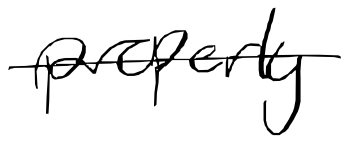
Text: properly
Cross-out: single-line
Writing tool: digital_black